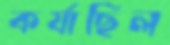
কর্যাছিল